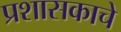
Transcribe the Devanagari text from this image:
प्रशासकाचे